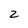
Character: 2